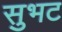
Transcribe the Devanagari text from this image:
सुभट